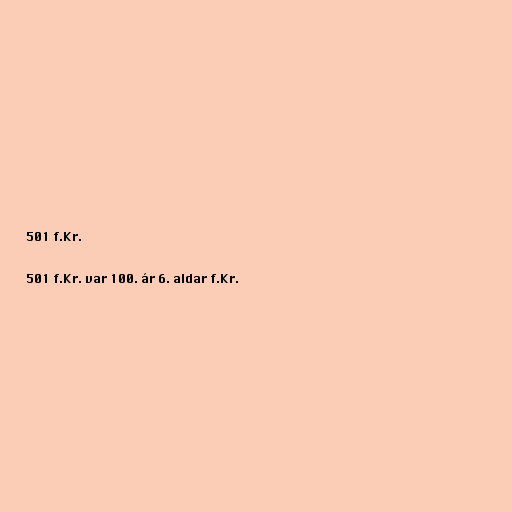
501 f.Kr.

501 f.Kr. var 100. ár 6. aldar f.Kr.